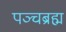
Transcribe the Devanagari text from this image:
पञ्चब्रह्म